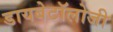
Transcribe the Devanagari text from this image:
डायबेटॉलोजी